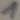
Text: 1